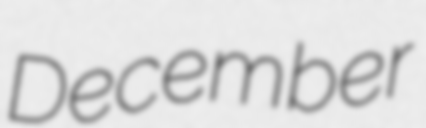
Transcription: December